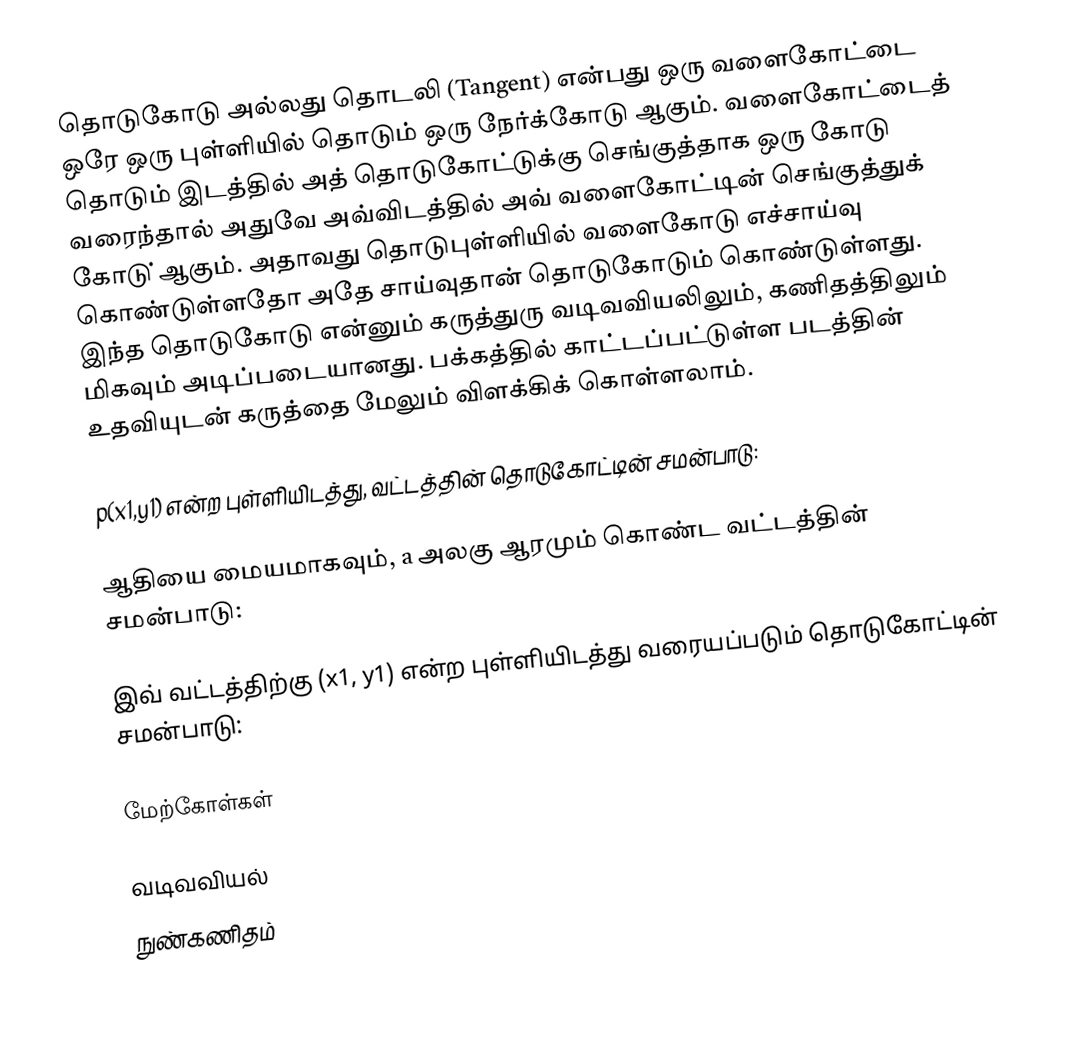
தொடுகோடு அல்லது தொடலி (Tangent) என்பது ஒரு வளைகோட்டை ஒரே ஒரு புள்ளியில் தொடும் ஒரு நேர்க்கோடு ஆகும். வளைகோட்டைத் தொடும் இடத்தில் அத் தொடுகோட்டுக்கு செங்குத்தாக ஒரு கோடு வரைந்தால் அதுவே அவ்விடத்தில் அவ் வளைகோட்டின் செங்குத்துக் கோடு் ஆகும். அதாவது தொடுபுள்ளியில் வளைகோடு எச்சாய்வு கொண்டுள்ளதோ அதே சாய்வுதான் தொடுகோடும் கொண்டுள்ளது. இந்த தொடுகோடு என்னும் கருத்துரு வடிவவியலிலும்,  கணிதத்திலும் மிகவும் அடிப்படையானது. பக்கத்தில் காட்டப்பட்டுள்ள படத்தின் உதவியுடன் கருத்தை மேலும் விளக்கிக் கொள்ளலாம்.

 p(x1,y1) என்ற புள்ளியிடத்து,   வட்டத்தின் தொடுகோட்டின் சமன்பாடு:

 ஆதியை மையமாகவும், a அலகு ஆரமும் கொண்ட வட்டத்தின் சமன்பாடு:

இவ் வட்டத்திற்கு (x1, y1) என்ற புள்ளியிடத்து வரையப்படும் தொடுகோட்டின் சமன்பாடு:

மேற்கோள்கள்

வடிவவியல்
நுண்கணிதம்